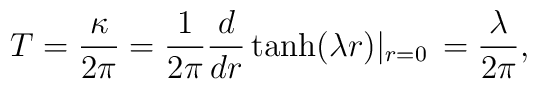
T=\frac{\kappa}{2\pi}	=\frac{1}{2\pi}\frac{d}{dr}\tanh(\lambda r)|_{r=0}\,	=\frac{\lambda}{2\pi},